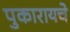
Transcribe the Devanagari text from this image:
पुकारायचे